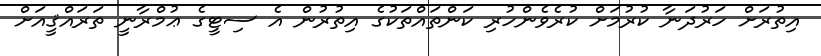
އިތުރަށް ހަރުދަނާ ކުރުމަށް ކުރެވެންހުރި ކަންތައްތަކުގެ އިތުރުން އެ ސިޓީގެ ޢުމްރާނީ ތަރައްޤީއަށް